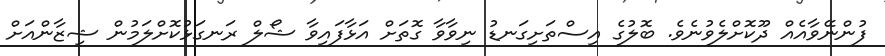
ފުންނޭވާއެއް ދޫކޮށްލެވުނެވެ. ބޮލުގެ އިސްތަށިގަނޑު ނިވާވާ ގޮތަށް އަޅާފައިވާ ޝޯލް ރަނގަޅުކޮށްލަމުން ޝިޒާންއަށް